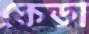
কেডা